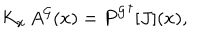
K _ { x } \, A ^ { \cal G } ( x ) = { P ^ { \cal G } } ^ { \dagger } [ J ] ( x ) ,